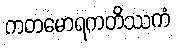
ကတမောရကတိဿကံ